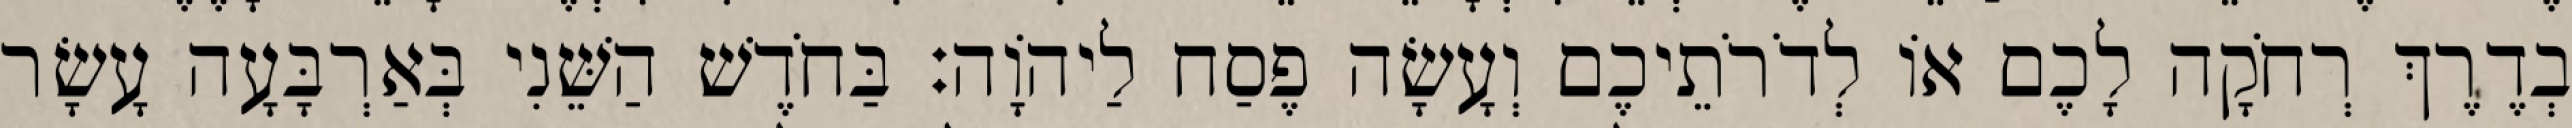
בְדֶרֶךְ רְחֹקָה לָכֶם אוֹ לְדֹרֹתֵיכֶם וְעָשָׂה פֶסַח לַיהוָֹה׃ בַּחֹדֶשׁ הַשֵּׁנִי בְּאַרְבָּעָה עָשָׂר